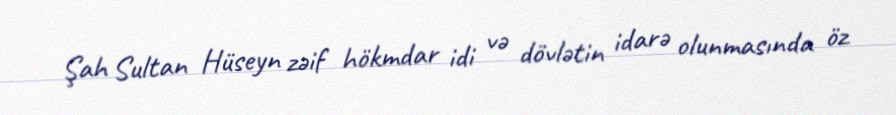
Şah Sultan Hüseyn zəif hökmdar idi və dövlətin idarə olunmasında öz